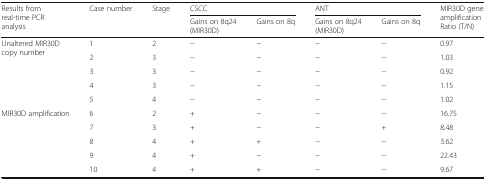
<table><thead><tr><td rowspan="2"><b>Results from real-time PCR analysis</b></td><td rowspan="2"><b>Case number</b></td><td rowspan="2"><b>Stage</b></td><td colspan="2"><b>CSCC</b></td><td colspan="2"><b>ANT</b></td><td rowspan="2"><b>MIR30D gene amplification Ratio (T/N)</b></td></tr><tr><td><b>Gains on 8q24 (MIR30D)</b></td><td><b>Gains on 8q</b></td><td><b>Gains on 8q24 (MIR30D)</b></td><td><b>Gains on 8q</b></td></tr></thead><tbody><tr><td rowspan="5">Unaltered MIR30D copy number</td><td>1</td><td>2</td><td>−</td><td>−</td><td>−</td><td>−</td><td>0.97</td></tr><tr><td>2</td><td>3</td><td>−</td><td>−</td><td>−</td><td>−</td><td>1.03</td></tr><tr><td>3</td><td>3</td><td>−</td><td>−</td><td>−</td><td>−</td><td>0.92</td></tr><tr><td>4</td><td>3</td><td>−</td><td>−</td><td>−</td><td>−</td><td>1.15</td></tr><tr><td>5</td><td>4</td><td>−</td><td>−</td><td>−</td><td>−</td><td>1.02</td></tr><tr><td rowspan="5">MIR30D amplification</td><td>6</td><td>2</td><td>+</td><td>−</td><td>−</td><td>−</td><td>16.75</td></tr><tr><td>7</td><td>3</td><td>+</td><td>−</td><td>−</td><td>+</td><td>8.48</td></tr><tr><td>8</td><td>4</td><td>+</td><td>+</td><td>−</td><td>−</td><td>3.62</td></tr><tr><td>9</td><td>4</td><td>+</td><td>−</td><td>−</td><td>−</td><td>22.43</td></tr><tr><td>10</td><td>4</td><td>+</td><td>+</td><td>−</td><td>−</td><td>9.67</td></tr></tbody></table>